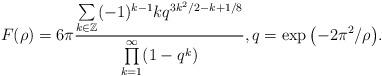
LaTeX: \begin{align*}F(\rho)=6\pi\frac{\sum\limits_{k\in\mathbb Z}(-1)^{k-1}kq^{3k^2/2-k+1/8}}{\prod\limits_{k=1}^{\infty}(1-q^k)},q=\exp\big({-}2\pi^2/\rho\big).\end{align*}